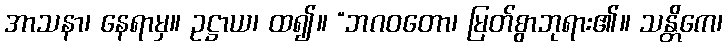
အာသနာ၊ နေရာမှ။ ဥဋ္ဌာယ၊ ထ၍။ “ဘဂဝတော၊ မြတ်စွာဘုရား၏။ သန္တိကေ၊